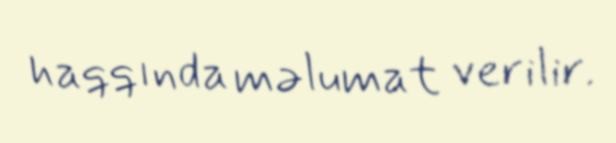
haqqında məlumat verilir.